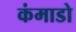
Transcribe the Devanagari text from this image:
कंमाडो